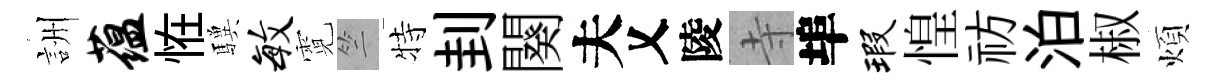
詶蕴恠驥毓霓竺特刲闋夫乂陵寺埠瑕惶祊泊椒煩